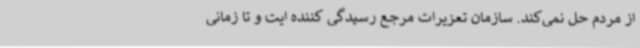
از مردم حل نمی‌کند. سازمان تعزیرات مرجع رسیدگی کننده ایت و تا زمانی